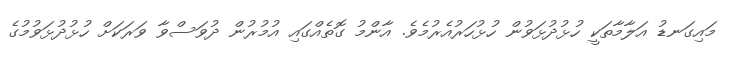
މައިގަނޑު އަލާމާތަކީ ހުޅުދުޅަވުން ހުޅުހަރުއެރުމެވެ. އާންމު ގޮތެއްގައި އުމުރުން ދުވަސްވާ ވަރަކަށް ހުޅުދުޅަވުމުގެ